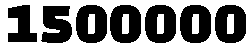
1500000